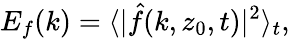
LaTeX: E_{f}(k)=\langle\vert\hat{f}(k,z_{0},t)\vert^{2}\rangle_{t},